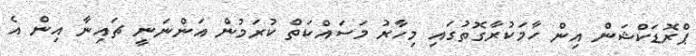
ޕްރޮޑަކްޝަން އިން ހާމަކުރާގޮތުގައި މިހާރު މަސައްކަތް ކުރަމުން އަންނަނީ ޗައިނާ އިން އެ